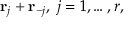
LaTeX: { \bf r } _ { j } + { \bf r } _ { - j } , \; j = 1 , \ldots , r ,